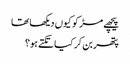
پیچھے مڑ کو کیوں دیکھا تھا
پتھر بن کر کیا تکتے ہو؟